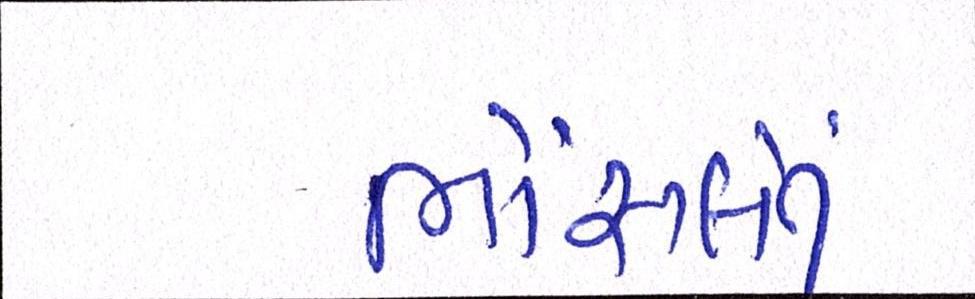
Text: ભોંસલેનું